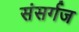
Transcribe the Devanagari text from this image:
संसर्गज